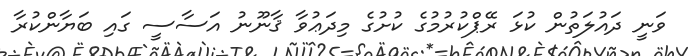
ވަނީ ދައުލަތުން ކުޅަ ރޭޕްކުރުމުގެ ކުށުގެ މިދަޢުވާ ޤާނޫނު އަސާސީ ގައި ބަޔާންކުރާ